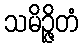
သမိဉ္ဇိတံ